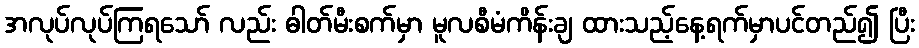
အလုပ်လုပ်ကြရသော် လည်း ဓါတ်မီးစက်မှာ မူလစီမံကိန်းချ ထားသည့်နေ့ရက်မှာပင်တည်၍ ပြီး